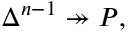
\Delta ^ { n - 1 } \twoheadrightarrow P ,